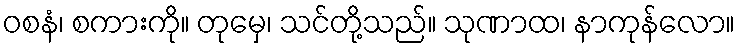
ဝစနံ၊ စကားကို။ တုမှေ၊ သင်တို့သည်။ သုဏာထ၊ နာကုန်လော။